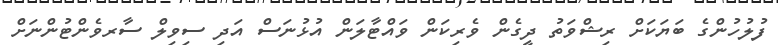
ފުލުހުންގެ ބަޔަކަށް ރިޝްވަތު ދީގެން ވެރިކަން ވައްޓާލަން އުޅުނަސް އަދި ސިވިލް ސާރވެންޓުންނަށް